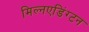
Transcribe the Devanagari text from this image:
मिल्नएडिंग्टन